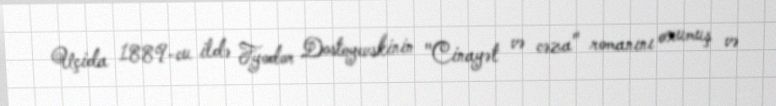
Uçida 1889-cu ildə Fyodor Dostoyevskinin "Cinayət və cəza" romanını oxumuş və